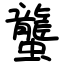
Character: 蠪